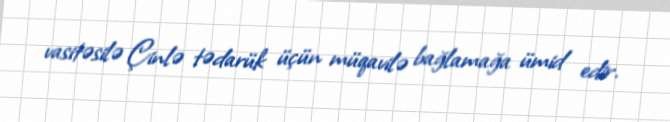
vasitəsilə Çinlə tədarük üçün müqavilə bağlamağa ümid edir.